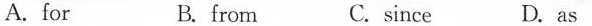
A. for B. from C. since D. as